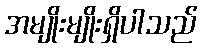
အမျိုးမျိုးရှိပါသည်